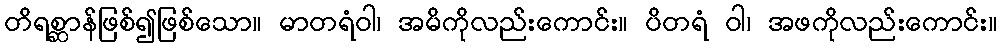
တိရစ္ဆာန်ဖြစ်၍ဖြစ်သော။ မာတရံဝါ၊ အမိကိုလည်းကောင်း။ ပိတရံ ဝါ၊ အဖကိုလည်းကောင်း။